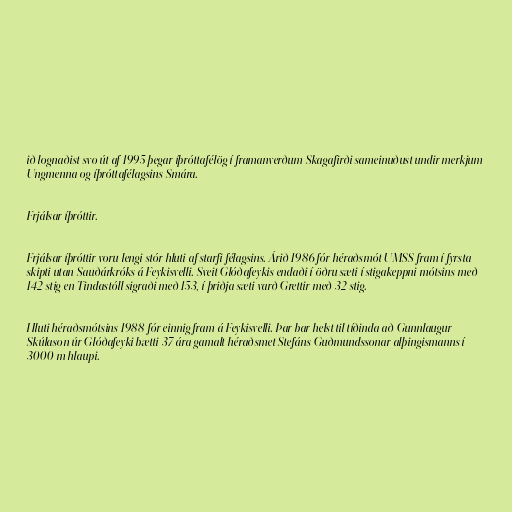
ið lognaðist svo út af 1995 þegar íþróttafélög í framanverðum Skagafirði sameinuðust undir merkjum
Ungmenna og íþróttafélagsins Smára.

Frjálsar íþróttir.

Frjálsar íþróttir voru lengi stór hluti af starfi félagsins. Árið 1986 fór héraðsmót UMSS fram í fyrsta
skipti utan Sauðárkróks á Feykisvelli. Sveit Glóðafeykis endaði í öðru sæti í stigakeppni mótsins með
142 stig en Tindastóll sigraði með 153, í þriðja sæti varð Grettir með 32 stig.

Hluti héraðsmótsins 1988 fór einnig fram á Feykisvelli. Þar bar helst til tíðinda að Gunnlaugur
Skúlason úr Glóðafeyki bætti 37 ára gamalt héraðsmet Stefáns Guðmundssonar alþingismanns í
3000 m hlaupi.